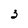
Character: 3